Quinine and its salts - Number 41
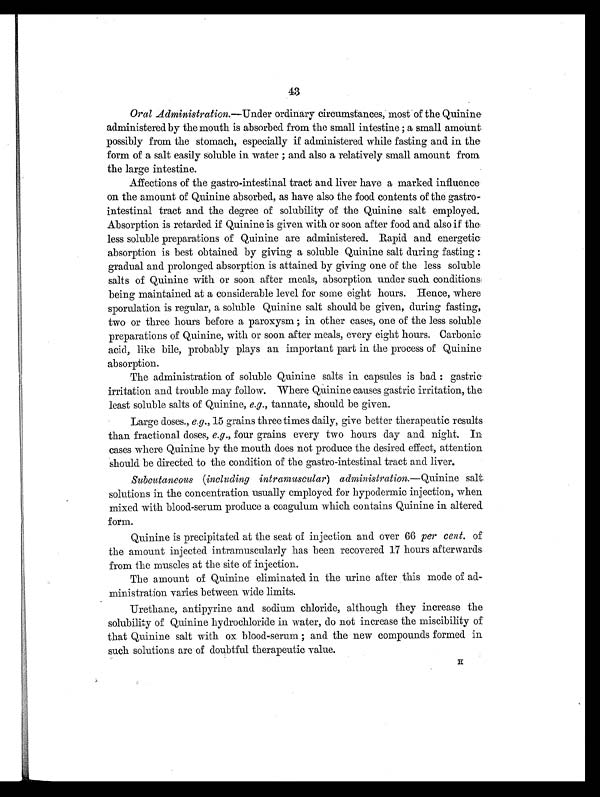
43
Oral Administration.—Under ordinary circumstances, most of the Quinine
administered by the mouth is absorbed from the small intestine; a small amount
possibly from the stomach, especially if administered while fasting and in the
form of a salt easily soluble in water; and also a relatively small amount from
the large intestine.
Affections of the gastro-intestinal tract and liver have a marked influence
on the amount of Quinine absorbed, as have also the food contents of the gastro-
intestinal tract and the degree of solubility of the Quinine salt employed.
Absorption is retarded if Quinine is given with or soon after food and also if the
less soluble preparations of Quinine are administered. Rapid and energetic
absorption is best obtained by giving a soluble Quinine salt during fasting:
gradual and prolonged absorption is attained by giving one of the less soluble
salts of Quinine with or soon after meals, absorption under such conditions.
being maintained at a considerable level for some eight hours. Hence, where
sporulation is regular, a soluble Quinine salt should be given, during fasting,
two or three hours before a paroxysm; in other cases, one of the less soluble
preparations of Quinine, with or soon after meals, every eight hours. Carbonic
acid, like bile, probably plays an important part in the process of Quinine
absorption.
The administration of soluble Quinine salts in capsules is bad: gastric
irritation and trouble may follow. Where Quinine causes gastric irritation, the
least soluble salts of Quinine, e.g., tannate, should be given.
Large doses., e.g. , 15 grains three times daily, give better therapeutic results
than fractional doses, e.g ., four grains every two hours day and night. In
cases where Quinine by the mouth does not produce the desired effect, attention
should be directed to the condition of the gastro-intestinal tract and liver.
Subcutaneous (including intramuscular ) administration .—Quinine salt
solutions in the concentration usually employed for hypodermic injection, when
mixed with blood-serum produce a coagulum which contains Quinine in altered
form.
Quinine is precipitated at the seat of injection and over 66 per cent. of
the amount injected intramuscularly has been recovered 17 hours afterwards
from the muscles at the site of injection.
The amount of Quinine eliminated in the urine after this mode of ad-
ministration varies between wide limits.
Urethane, antipyrine and sodium chloride, although they increase the
solubility of Quinine hydrochloride in water, do not increase the miscibility of
that Quinine salt with ox blood-serum; and the new compounds formed in
such solutions are of doubtful therapeutic value.